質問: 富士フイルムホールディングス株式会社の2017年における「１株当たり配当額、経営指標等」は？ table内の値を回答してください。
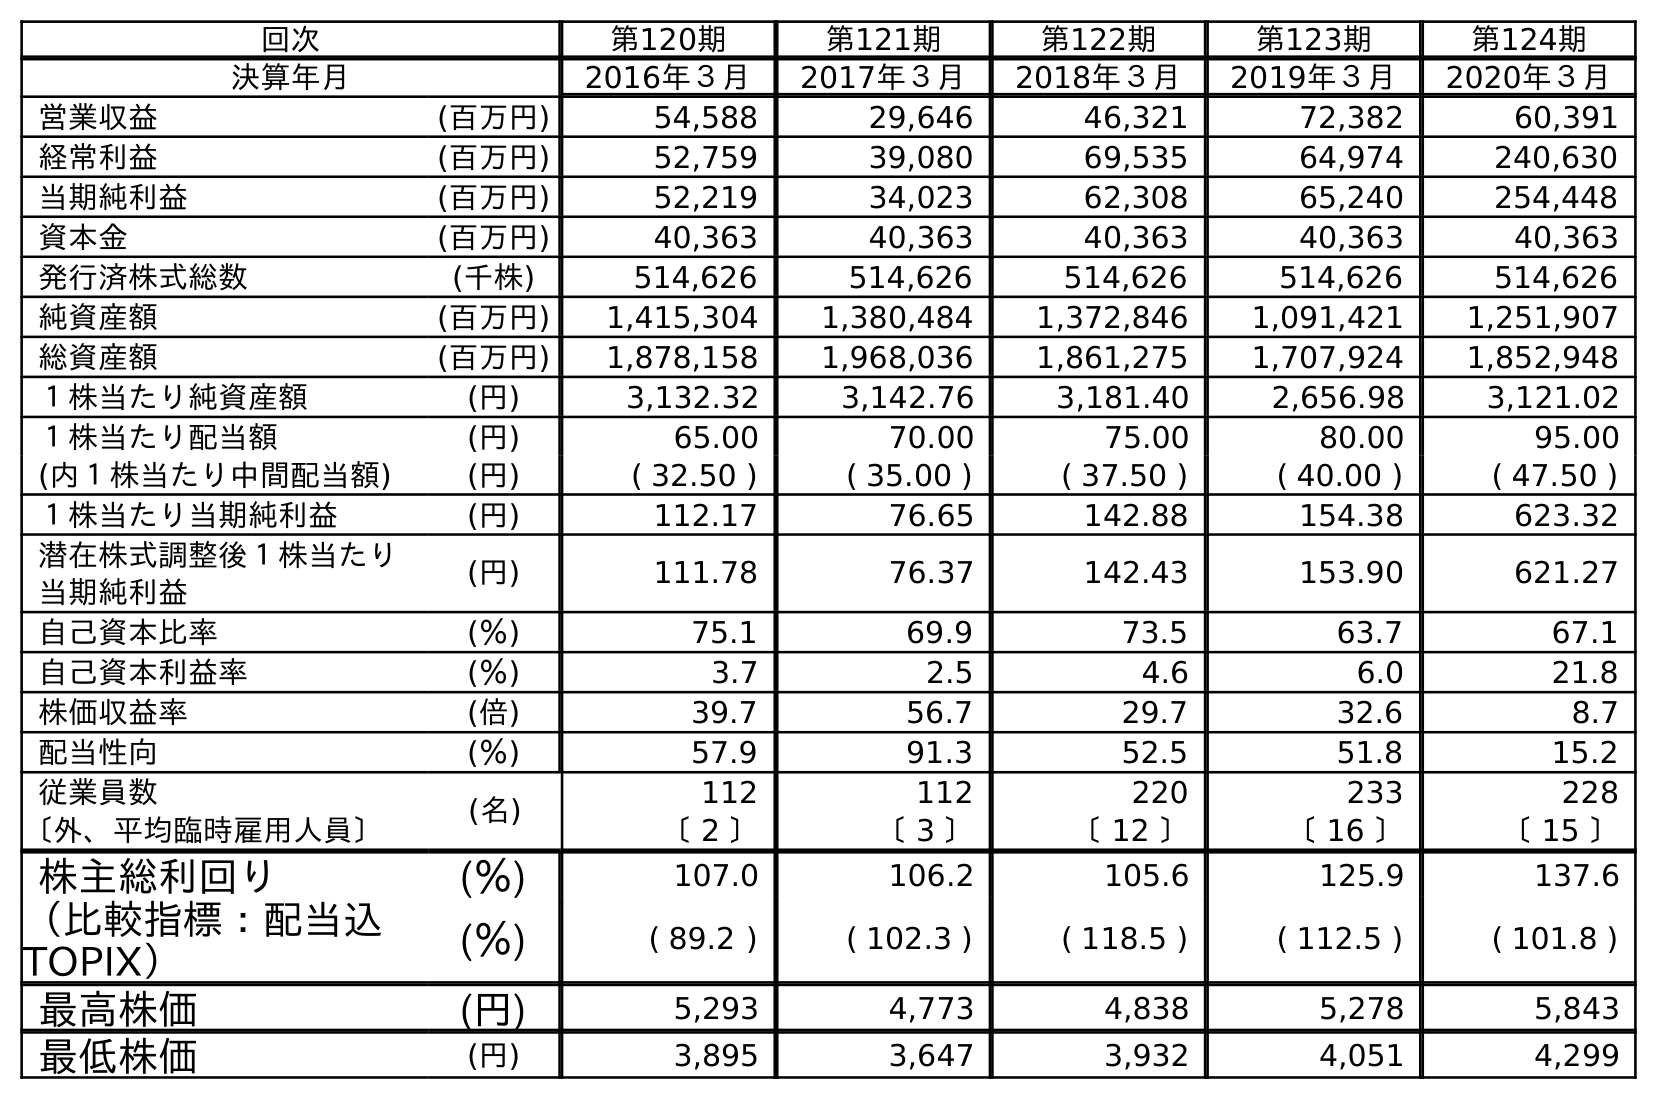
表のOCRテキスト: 回次 第120期 第121期 第122期 第123期 第124期 決算年月 2016年３月 2017年３月 2018年３月 2019年３月 2020年３月 営業収益 (百万円) 54,588 29,646 46,321 72,382 60,391 経常利益 (百万円) 52,759 39,080 69,535 64,974 240,630 当期純利益 (百万円) 52,219 34,023 62,308 65,240 254,448 資本金 (百万円) 40,363 40,363 40,363 40,363 40,363 発行済株式総数 (千株) 514,626 514,626 514,626 514,626 514,626 純資産額 (百万円) 1,415,304 1,380,484 1,372,846 1,091,421 1,251,907 総資産額 (百万円) 1,878,158 1,968,036 1,861,275 1,707,924 1,852,948 １株当たり純資産額 (円) 3,132.32 3,142.76 3,181.40 2,656.98 3,121.02 １株当たり配当額 (円) 65.00 70.00 75.00 80.00 95.00 (内１株当たり中間配当額) (円) ( 32.50 ) ( 35.00 ) ( 37.50 ) ( 40.00 ) ( 47.50 ) １株当たり当期純利益 (円) 112.17 76.65 142.88 154.38 623.32 潜在株式調整後１株当たり 当期純利益 (円) 111.78 76.37 142.43 153.90 621.27 自己資本比率 (％) 75.1 69.9 73.5 63.7 67.1 自己資本利益率 (％) 3.7 2.5 4.6 6.0 21.8 株価収益率 (倍) 39.7 56.7 29.7 32.6 8.7 配当性向 (％) 57.9 91.3 52.5 51.8 15.2 従業員数 (名) 112 112 220 233 228 〔外、平均臨時雇用人員〕 〔 2 〕 〔 3 〕 〔 12 〕 〔 16 〕 〔 15 〕 株主総利回り (％) 107.0 106.2 105.6 125.9 137.6 （比較指標：配当込 TOPIX） (％) ( 89.2 ) ( 102.3 ) ( 118.5 ) ( 112.5 ) ( 101.8 ) 最高株価 (円) 5,293 4,773 4,838 5,278 5,843 最低株価 (円) 3,895 3,647 3,932 4,051 4,299
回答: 70.00